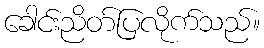
ခေါင်းညိတ်ပြလိုက်သည်။